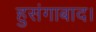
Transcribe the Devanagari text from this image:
हुसंगाबाद।